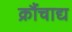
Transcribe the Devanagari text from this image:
क्रौंचाद्य